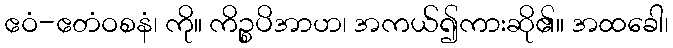
ဧဝံ-ဧတံဝစနံ၊ ကို။ ကိဉ္စပိအာဟ၊ အကယ်၍ကားဆို၏။ အထခေါ၊